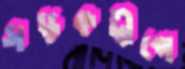
সড়কদ্বীপে